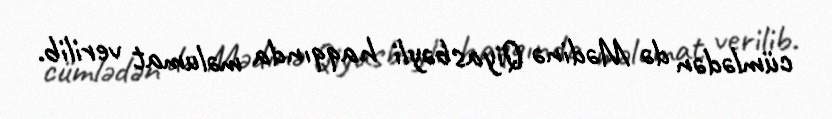
cümlədən də Mədinə Qiyasbəyli haqqında məlumat verilib.